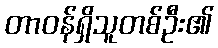
တာဝန်ရှိသူတစ်ဦး၏